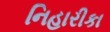
નિહારીકા